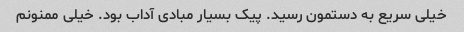
خیلی سریع به دستمون رسید. پیک بسیار مبادی آداب بود. خیلی ممنونم